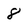
Character: 8